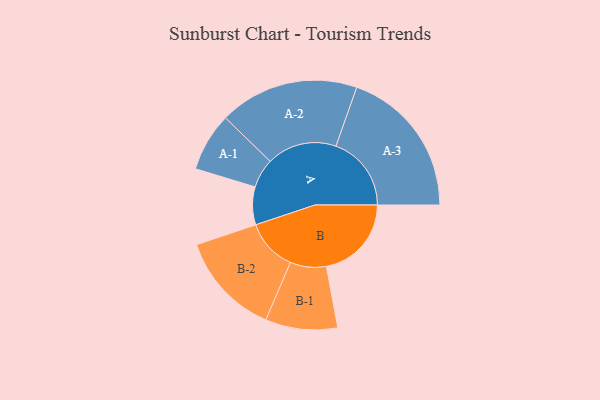
{"axis": {"x": "Segment", "y": "Value"}, "legend": ["", "A", "B"], "data": [{"x": "A", "y": 150, "type": ""}, {"x": "B", "y": 337, "type": ""}, {"x": "A-1", "y": 116, "type": "A"}, {"x": "A-2", "y": 277, "type": "A"}, {"x": "A-3", "y": 299, "type": "A"}, {"x": "B-1", "y": 143, "type": "B"}, {"x": "B-2", "y": 205, "type": "B"}]}